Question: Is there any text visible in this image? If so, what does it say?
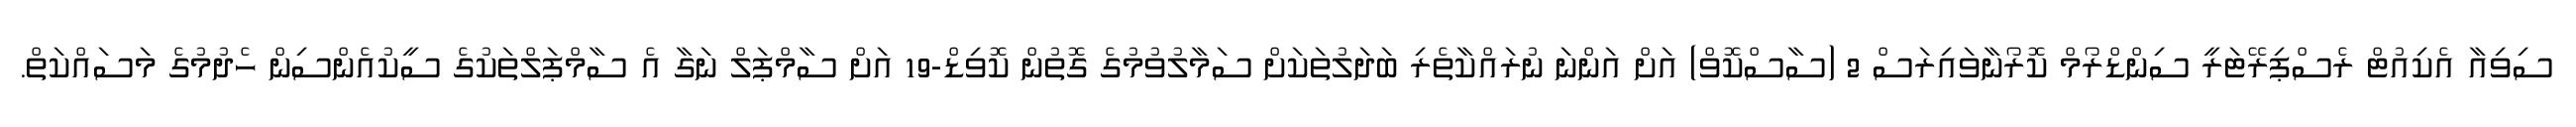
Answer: ސިވިއާ އެކިއުޓް ރެސްޕިރޭޓަރީ ސިންޑްރޯމް ކޮރޯނާވައިރަސް 2 (ސާސްކޮވް) އަށް އަންނަ ނުރައްކާތެރި ބަދަލުތަކަށް ސަމާލުވުމުގެ ގޮތުން ކޮވިޑް-19 އަށް ސާމްޕަލް ނަގާ އެ ސާމްޕަލްތަކުގެ ސީކުއެންސިން ހެދުމުގެ މަސައްކަތް.